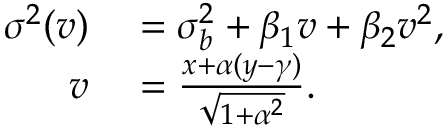
\begin{array} { r l } { \sigma ^ { 2 } ( v ) } & { { } = \sigma _ { b } ^ { 2 } + \beta _ { 1 } v + \beta _ { 2 } v ^ { 2 } , } \\ { v } & { { } = \frac { x + \alpha ( y - \gamma ) } { \sqrt { 1 + \alpha ^ { 2 } } } . } \end{array}